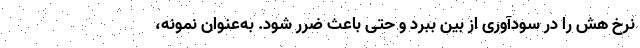
نرخ هش را در سودآوری از بین ببرد و حتی باعث ضرر شود. به‌عنوان نمونه،